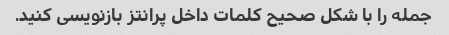
جمله را با شکل صحیح کلمات داخل پرانتز بازنویسی کنید.